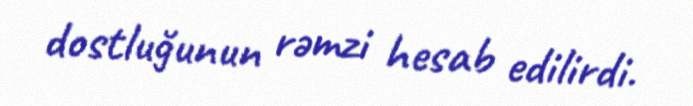
dostluğunun rəmzi hesab edilirdi.